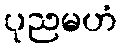
ပုညမဟံ